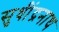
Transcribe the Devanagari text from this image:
सुधींद्रनाथ